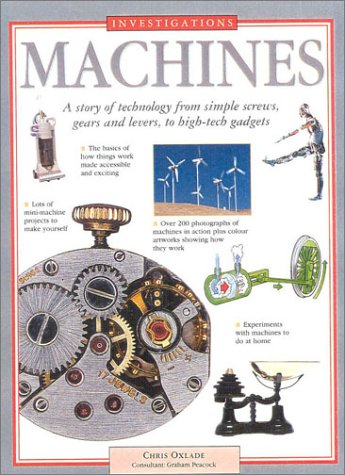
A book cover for Machines (Investigations); Chris Oxlade; Children's Books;